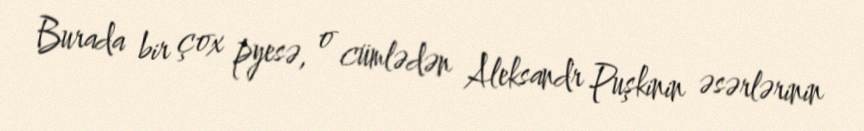
Burada bir çox pyesə, o cümlədən Aleksandr Puşkinin əsərlərinin